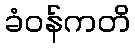
ခံဝန်ကတိ